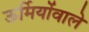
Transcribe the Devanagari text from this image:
ऊर्मियोंवाले